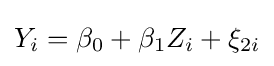
Y_{i}=\beta _{0}+\beta _{1}Z_{i}+\xi _{2i}